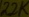
Text: 22K